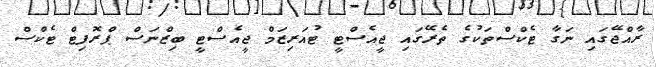
ރާއްޖޭގައި ނަގާ ޓެކްސްތަކުގެ ތެރޭގައި ޖީއެސްޓީ ޓުއަރިޒަމް ޖީއެސްޓީ ބިޒްނަސް ޕްރޮފިޓް ޓެކްސް